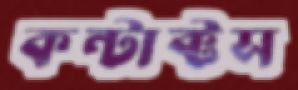
কন্টাক্টস